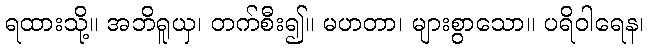
ရထားသို့။ အဘိရူယှ၊ တက်စီး၍။ မဟတာ၊ များစွာသော။ ပရိဝါရေန၊